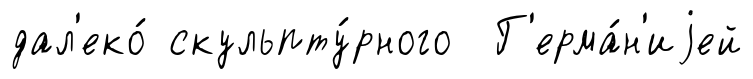
дал'еко́ скульпту́рного Г'ерма́н'иjей